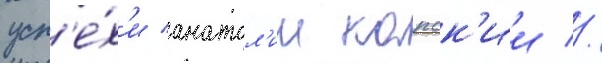
усп'е́х'и анатол'ии капск'ии //